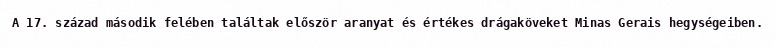
A 17. század második felében találtak először aranyat és értékes drágaköveket Minas Gerais hegységeiben.